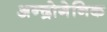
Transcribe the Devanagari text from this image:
अन्द्रोगेनिक